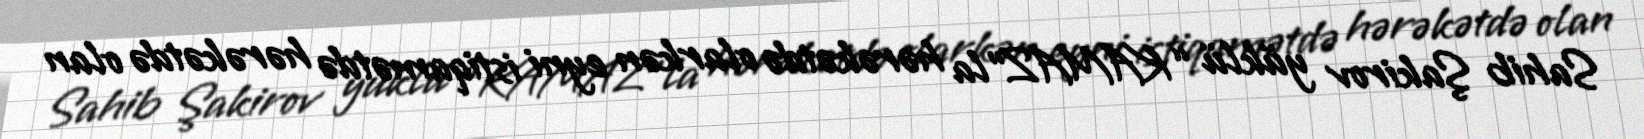
Sahib Şakirov yüklü “KAMAZ”la hərəkətdə olarkən eyni istiqamətdə hərəkətdə olan